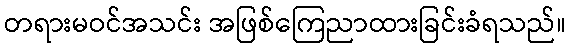
တရားမဝင်အသင်း အဖြစ်ကြေညာထားခြင်းခံရသည်။